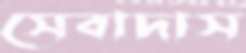
সেবাদাস